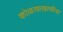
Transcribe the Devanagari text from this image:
कोळसाखाणीचा